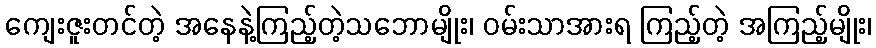
ကျေးဇူးတင်တဲ့ အနေနဲ့ကြည့်တဲ့သဘောမျိုး၊ ဝမ်းသာအားရ ကြည့်တဲ့ အကြည့်မျိုး၊